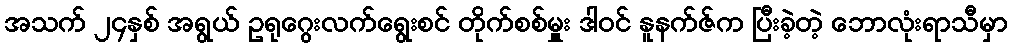
အသက် ၂၄နှစ် အရွယ် ဥရုဂွေးလက်ရွေးစင် တိုက်စစ်မှူး ဒါဝင် နူနက်ဇ်က ပြီးခဲ့တဲ့ ဘောလုံးရာသီမှာ